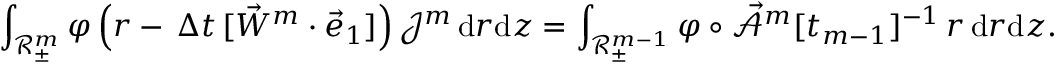
\int _ { \mathscr { R } _ { \pm } ^ { m } } \varphi \, \Bigl ( r - \, \Delta t \, [ \vec { W } ^ { m } \cdot \vec { e } _ { 1 } ] \Bigr ) \, \mathcal { J } ^ { m } \, \mathrm { d } r \mathrm { d } z = \int _ { \mathscr { R } _ { \pm } ^ { m - 1 } } \varphi \circ \mathcal { \vec { A } } ^ { m } [ t _ { m - 1 } ] ^ { - 1 } \, r \, \mathrm { d } r \mathrm { d } z .